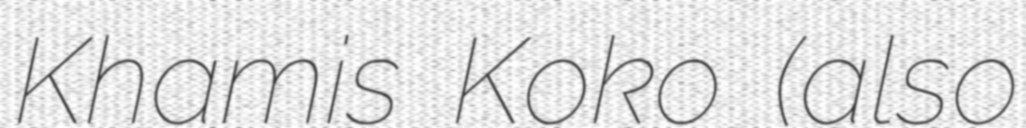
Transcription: Khamis Koko (also